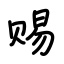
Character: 赐